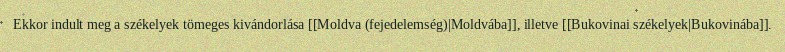
Ekkor indult meg a székelyek tömeges kivándorlása [[Moldva (fejedelemség)|Moldvába]], illetve [[Bukovinai székelyek|Bukovinába]].